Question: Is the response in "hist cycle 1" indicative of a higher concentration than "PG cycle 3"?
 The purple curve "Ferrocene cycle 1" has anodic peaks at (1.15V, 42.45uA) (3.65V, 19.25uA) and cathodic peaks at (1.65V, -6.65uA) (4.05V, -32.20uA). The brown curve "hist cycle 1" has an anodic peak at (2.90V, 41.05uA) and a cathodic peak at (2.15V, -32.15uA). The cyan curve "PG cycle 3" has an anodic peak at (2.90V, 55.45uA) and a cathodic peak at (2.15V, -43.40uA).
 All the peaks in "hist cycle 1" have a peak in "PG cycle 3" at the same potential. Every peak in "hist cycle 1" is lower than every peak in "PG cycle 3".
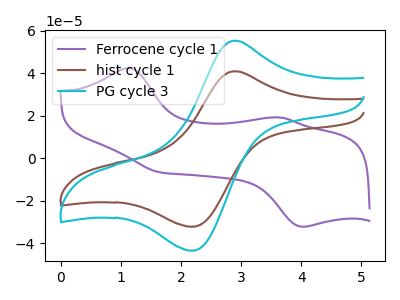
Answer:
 <answer>"hist cycle 1" has less signal than "PG cycle 3".</answer>
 <eval>less_signal</eval>